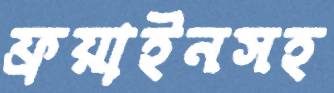
ফ্রয়াইনসহ